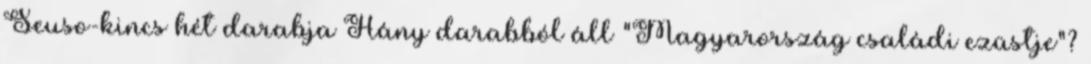
Seuso-kincs hét darabja Hány darabból áll "Magyarország családi ezüstje"?